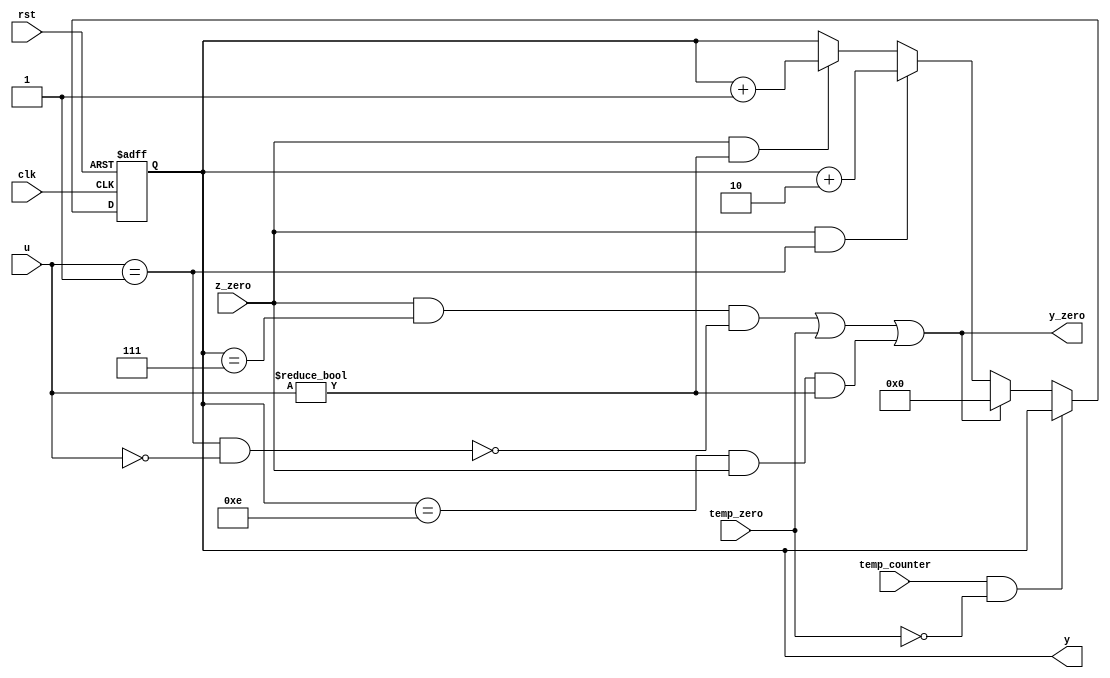


module y_count_L9(z_zero,clk,y,y_zero,rst,temp_counter,temp_zero,u);
input wire z_zero,rst,clk,temp_counter,temp_zero;
input wire [2:0] u;

output wire y_zero;
output reg [3:0] y;
always @ (posedge clk or negedge rst)
	begin
		if (!rst )
			y<=0;
		else if (temp_counter&&!temp_zero);			
		else if (y_zero)	
			y<=0;
		else if (z_zero&&(u==1))
			y<=y+4'b010;
		else if (z_zero&&u!=0)
			y<=y+4'b001;
	end
assign y_zero=((z_zero&&(y==7)&&!(u==1&&u==0))||temp_zero||(y==14&&z_zero&&u!=0));	
endmodule